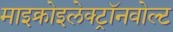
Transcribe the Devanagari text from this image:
माइक्रोइलेक्ट्रॉनवोल्ट